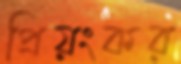
প্রিয়ংকর